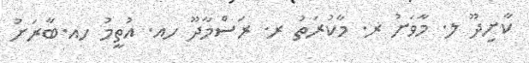
ކާށިދޫ ލ. މާވަށު ރ. މާކުރަތު ރ. ރަސްމާދޫ ހއ. އުތީމު ހއ.ބާރަށު